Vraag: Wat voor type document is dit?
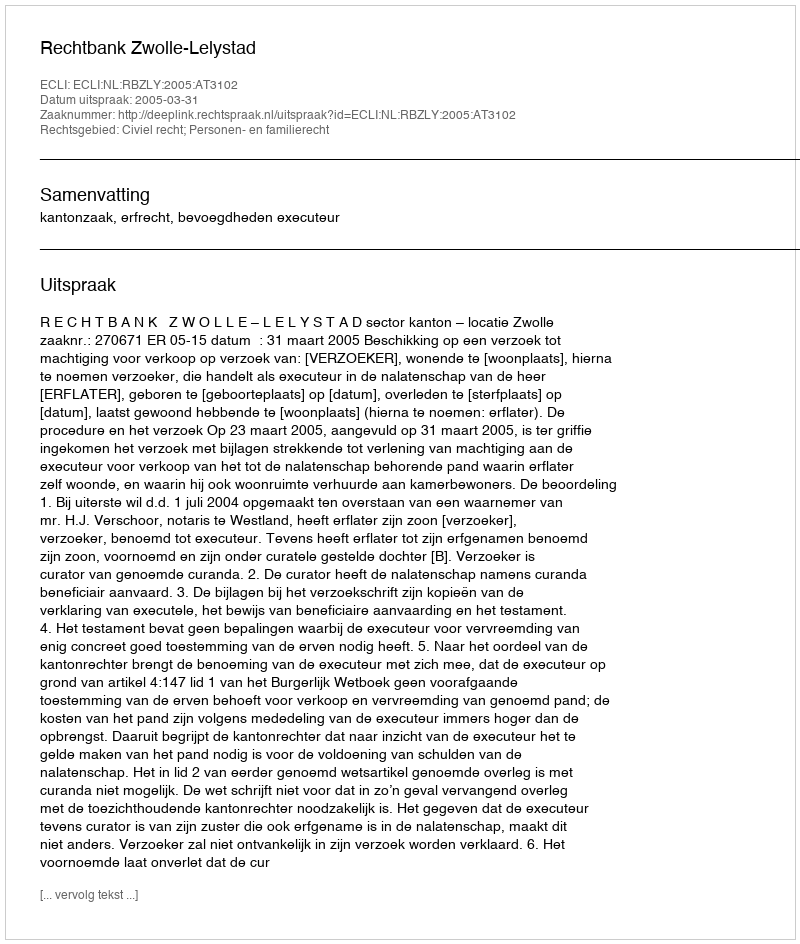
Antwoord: Uitspraak